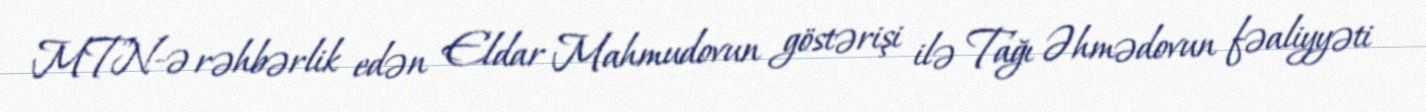
MTN-ə rəhbərlik edən Eldar Mahmudovun göstərişi ilə Tağı Əhmədovun fəaliyyəti